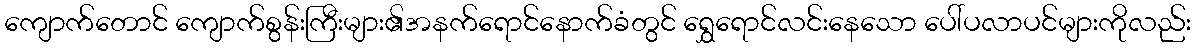
ကျောက်တောင် ကျောက်စွန်းကြီးများ၏အနက်ရောင်နောက်ခံတွင် ရွှေရောင်လင်းနေသော ပေါ်ပလာပင်များကိုလည်း